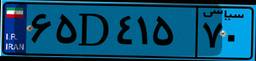
۲۶D۸۶۳۹۷